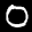
Label: 0